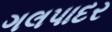
ગલપાદર